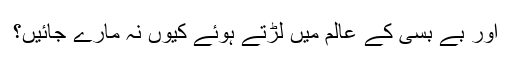
اور بے بسی کے عالم میں لڑتے ہوئے کیوں نہ مارے جائیں؟